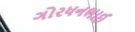
ગોરધનભાઈ